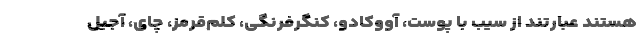
هستند عبارتند از سیب با پوست، آووکادو، کنگرفرنگی، کلم‌قرمز، چای، آجیل